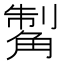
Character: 𧤊